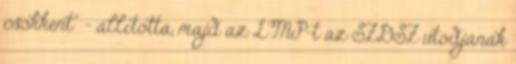
csökkent" - állította, majd az LMP-t az SZDSZ utódjának